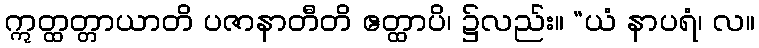
ဣတ္ထတ္တာယာတိ ပဇာနာတီတိ ဧတ္ထာပိ၊ ၌လည်း။ “ယံ နာပရံ၊ လ။